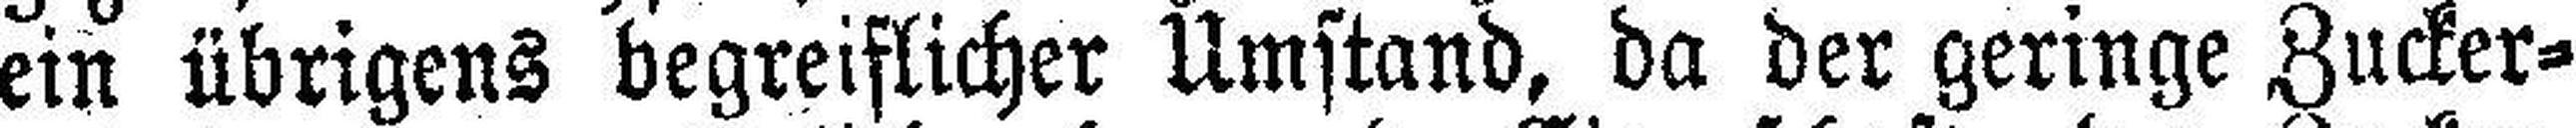
ein übrigens begreiflicher Umstand, da der geringe Zucker¬